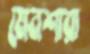
মেনশারা